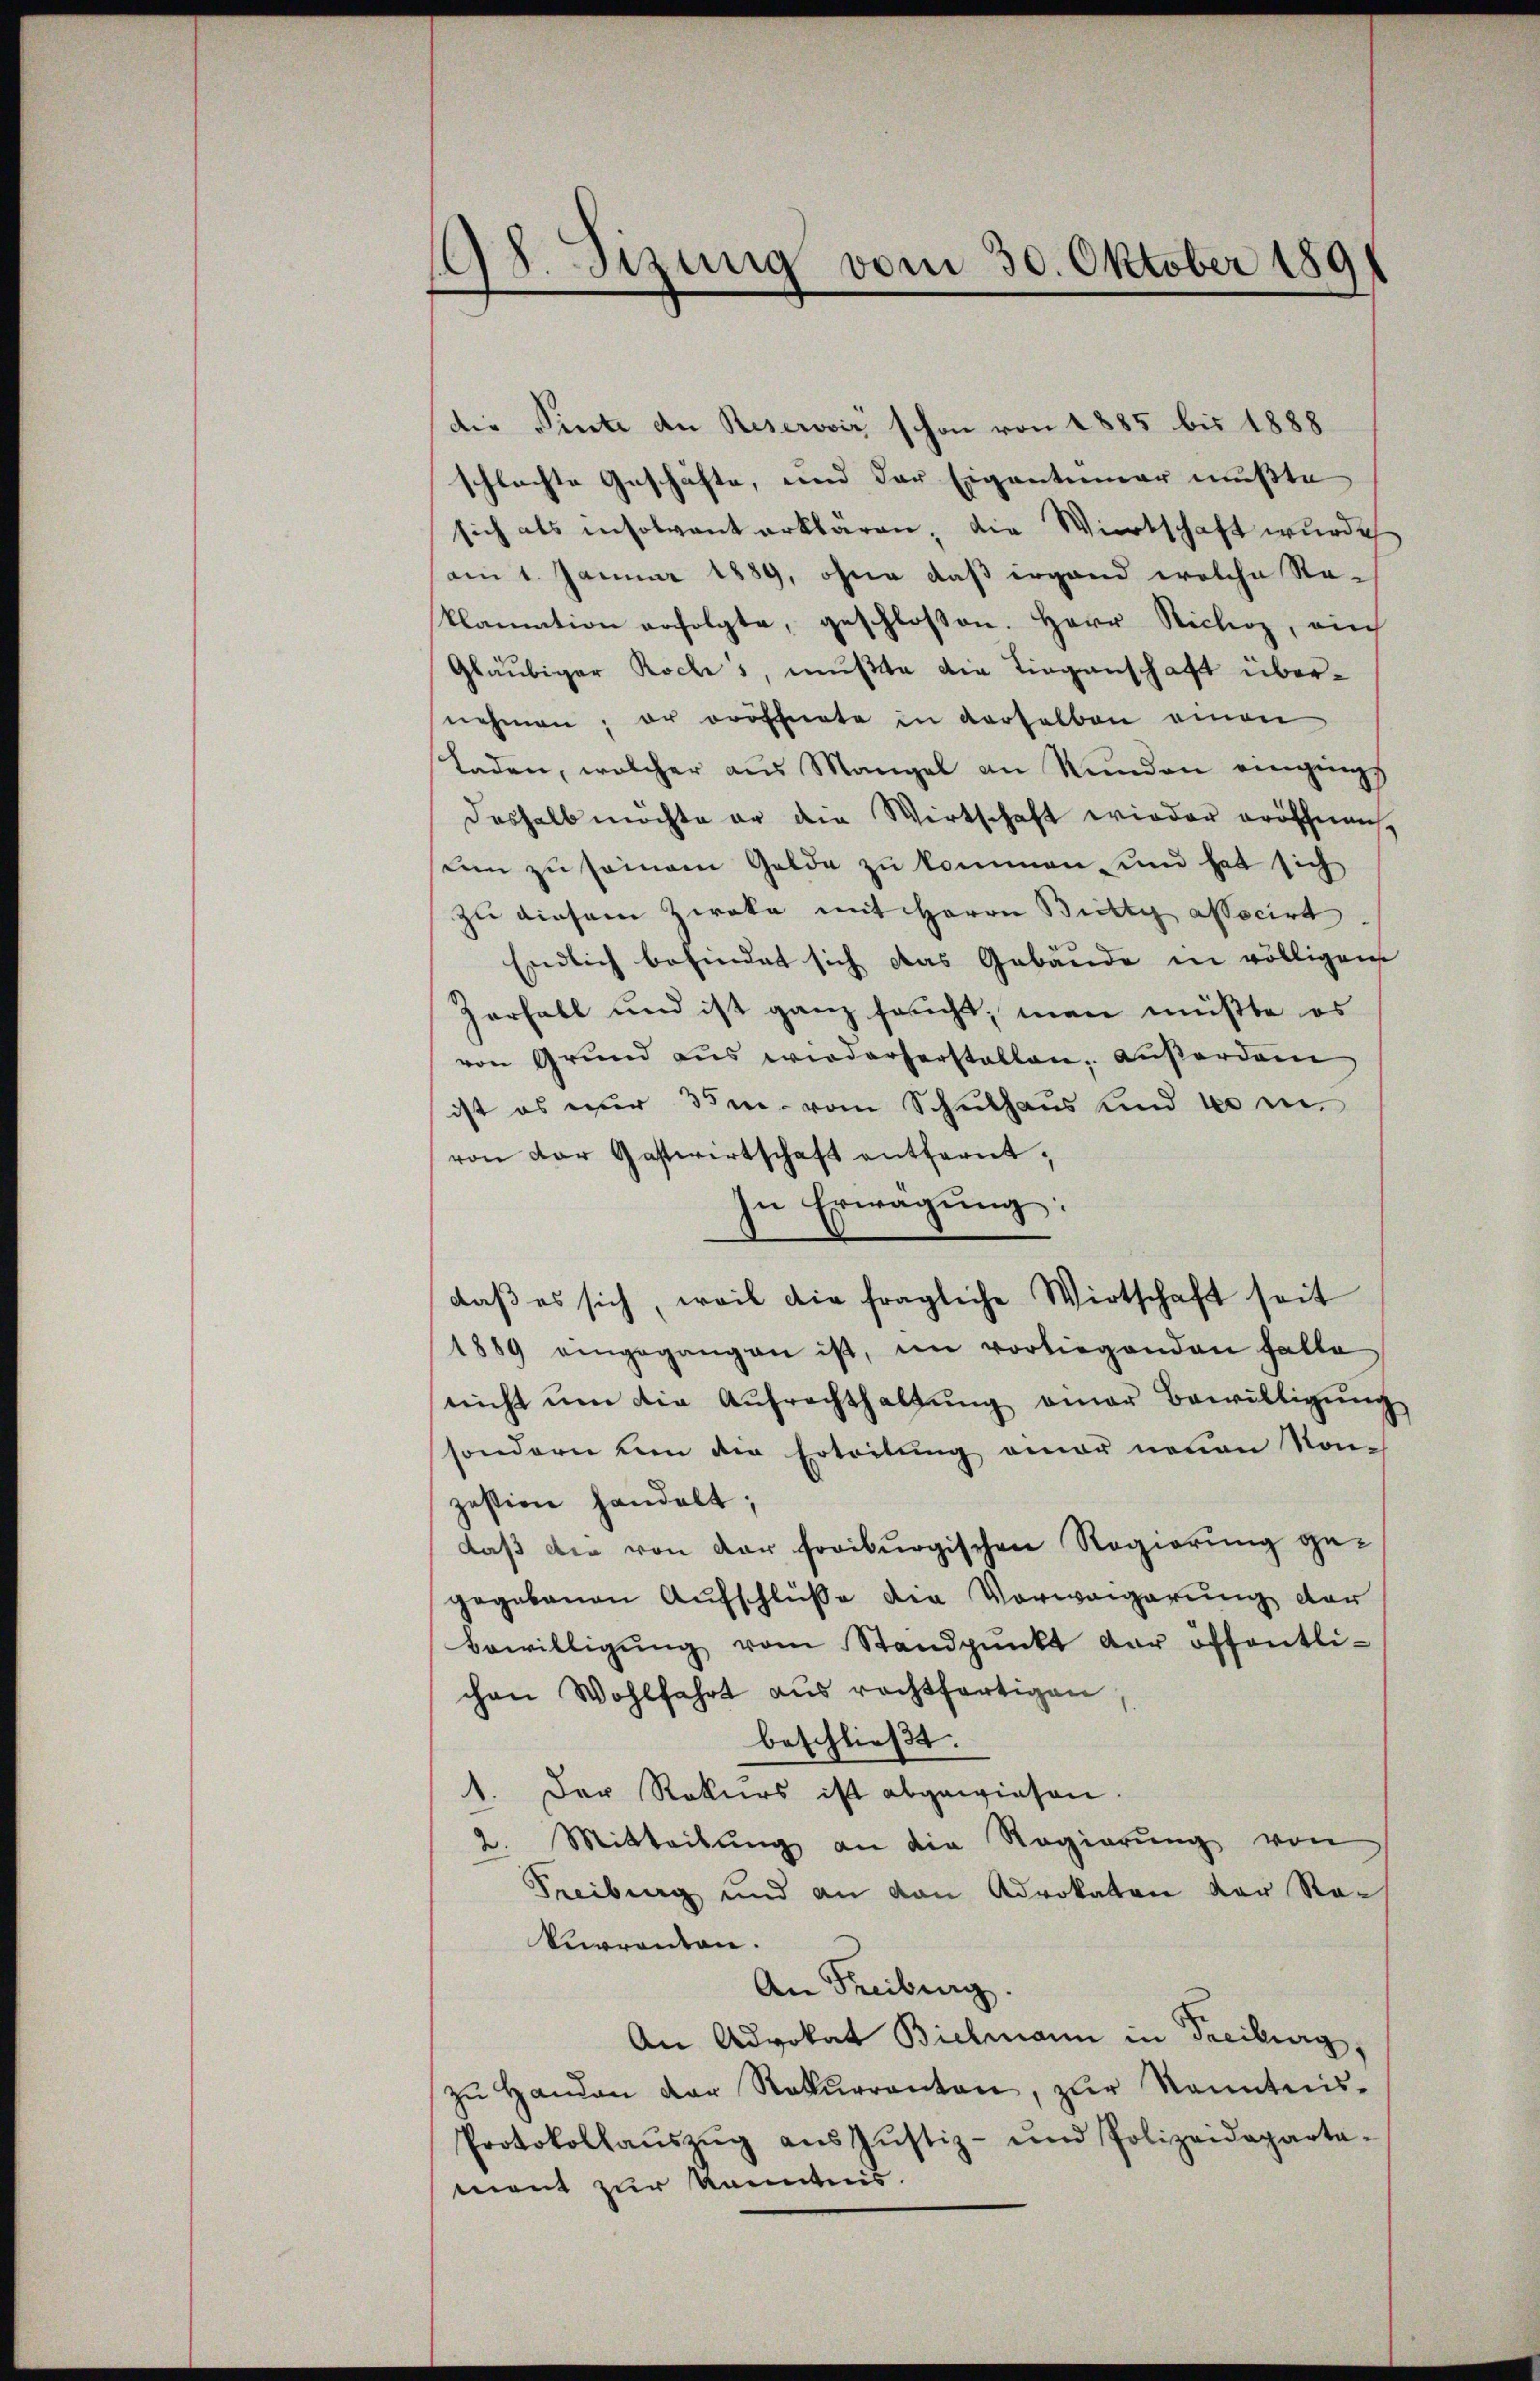
198. Sizung vom 30. Oktober 1891

die Pinte an Reserović schon von 1885 bis 1888
schlachte Geschäfte, und der Eigentümer mußte,
sich als insolvant erklären, die Wirtschaft wurde
am 1. Januar 1889, ohne daß irgend welche Re-
klamation erfolgte, geschlossen. Herr Richoz, auch
Gläubiger Roches, mußte die Liegenschaft übernehmen; er eröffnete in derselben einen
laden, welcher aus Mangel an Runden eingings
deshalb möchte er die Wirtschaft wieder eröffnen,
um zu seien Gelde zu kommen, und hat sich
zu diesem Zweka mit Herrn Bitte associrt.
Endlich befindet sich das Gebäude in völligen
Zerfall und ist ganz sacht, man müßte es
von Grund aŭs wiederherstellen, außerdam
ist es nur 35m vom Schulhaus und 10 in
von der Gastwirtschaft entfernt,
In Erwägung.
daβ es sich, weil die fragliche Wirtschaft seit
1889 eingegangen ist, im vorliegenden Falle
nicht ŭm die Aŭfrechthaltŭng einer Bewilligŭng
sondern um der Ertritung einer neuen Kon-
zestion handelt;
daß die von der freiburgischen Regierung gegegebenen Aufschlüße die Vorweigerung der
Bewilligŭng vom Standpŭnkt der öffentli-
chen Wohlfahrt aus rechtfertigen
beschließt:
1. Der Rekurs ist abgewiesen.
. Mitteilŭng an die Regierŭng von
Treibung und an von Advokaten der Rokurrenten.
An Freiburg.
An Advokat Bielmann in Freiburg,
zŭ Handen der Rekŭrranten, zŭr Kenntnis-
Protokollaŭszŭg aŭs Justiz- und Polizeideparta-
mont zur Kenntnis.